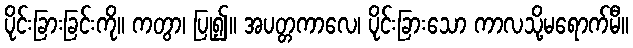
ပိုင်းခြားခြင်းကို။ ကတွာ၊ ပြု၍။ အပတ္တကာလေ၊ ပိုင်းခြားသော ကာလသို့မရောက်မီ။